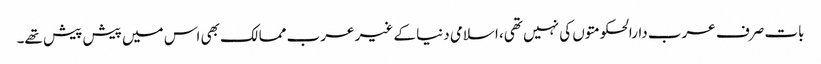
بات صرف عرب دارالحکومتوں کی نہیں تھی، اسلامی دنیا کے غیر عرب ممالک بھی اس میں پیش پیش تھے۔